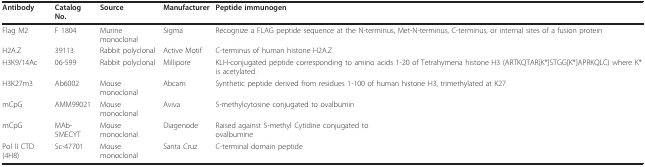
| Antibody | Catalog No. | Source | Manufacturer | Peptide immunogen |
 | --- | --- | --- | --- | --- |
 | Flag M2 | F 1804 | Murine monoclonal | Sigma | Recognize a FLAG peptide sequence at the N-terminus, Met-N-terminus, C-terminus, or internal sites of a fusion protein |
 | H2A.Z | 39113 | Rabbit polyclonal | Active Motif | C-terminus of human histone H2A.Z |
 | H3K9/14Ac | 06-599 | Rabbit polyclonal | Millipore | KLH-conjugated peptide corresponding to amino acids 1-20 of Tetrahymena histone H3 (ARTKQTAR[K*]STGG[K*]APRKQLC) where K* is acetylated. |
 | H3K27m3 | Ab6002 | Mouse monoclonal | Abcam | Synthetic peptide derived from residues 1-100 of human histone H3, trimethylated at K27 |
 | mCpG | AMM99021 | Mouse monoclonal | Aviva | 5-methylcytosine conjugated to ovalbumin |
 | mCpG | MAb-5MECYT | Mouse monoclonal | Diagenode | Raised against 5-methyl Cytidine conjugated toovalbumine |
 | Pol II CTD (4H8) | Sc-47701 | Mouse monoclonal | Santa Cruz | C-terminal domain peptide |